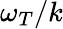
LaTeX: \omega_{T}/k